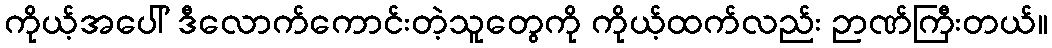
ကိုယ့်အပေါ် ဒီလောက်ကောင်းတဲ့သူတွေကို ကိုယ့်ထက်လည်း ဉာဏ်ကြီးတယ်။